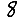
Digit: 8